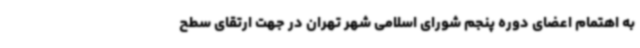
به اهتمام اعضای دوره پنجم شورای اسلامی شهر تهران در جهت ارتقای سطح